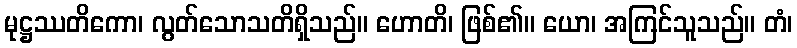
မုဋ္ဌဿတိကော၊ လွတ်သောသတိရှိသည်။ ဟောတိ၊ ဖြစ်၏။ ယော၊ အကြင်သူသည်။ တံ၊